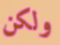
ولكن